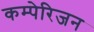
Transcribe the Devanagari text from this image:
कम्पेरिजन